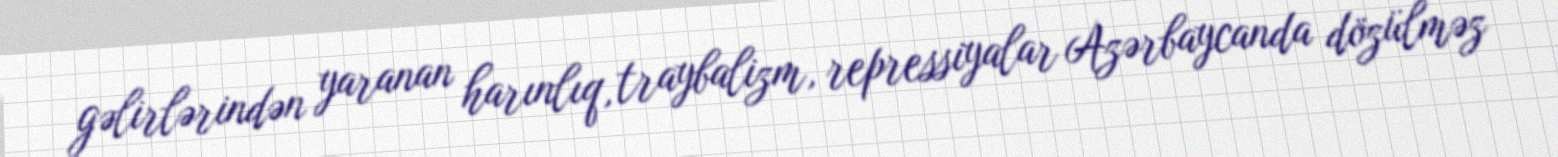
gəlirlərindən yaranan harınlıq, traybalizm, repressiyalar Azərbaycanda dözülməz